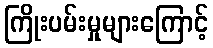
ကြိုးပမ်းမှုများကြောင့်